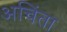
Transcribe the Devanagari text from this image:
अचिंता